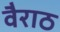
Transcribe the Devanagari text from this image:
वैराठ